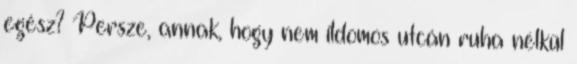
egész? Persze, annak, hogy nem ildomos utcán ruha nélkül